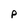
Character: P